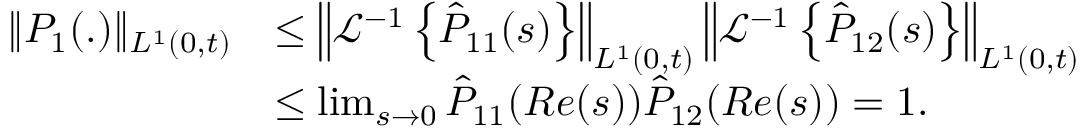
\begin{array} { r l } { \| P _ { 1 } ( . ) \| _ { L ^ { 1 } ( 0 , t ) } } & { \leq \left\| \mathcal { L } ^ { - 1 } \left\{ \hat { P } _ { 1 1 } ( s ) \right\} \right\| _ { L ^ { 1 } ( 0 , t ) } \left\| \mathcal { L } ^ { - 1 } \left\{ \hat { P } _ { 1 2 } ( s ) \right\} \right\| _ { L ^ { 1 } ( 0 , t ) } } \\ & { \leq \operatorname* { l i m } _ { s \to 0 } \hat { P } _ { 1 1 } ( R e ( s ) ) \hat { P } _ { 1 2 } ( R e ( s ) ) = 1 . } \end{array}